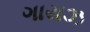
ગાયઝ